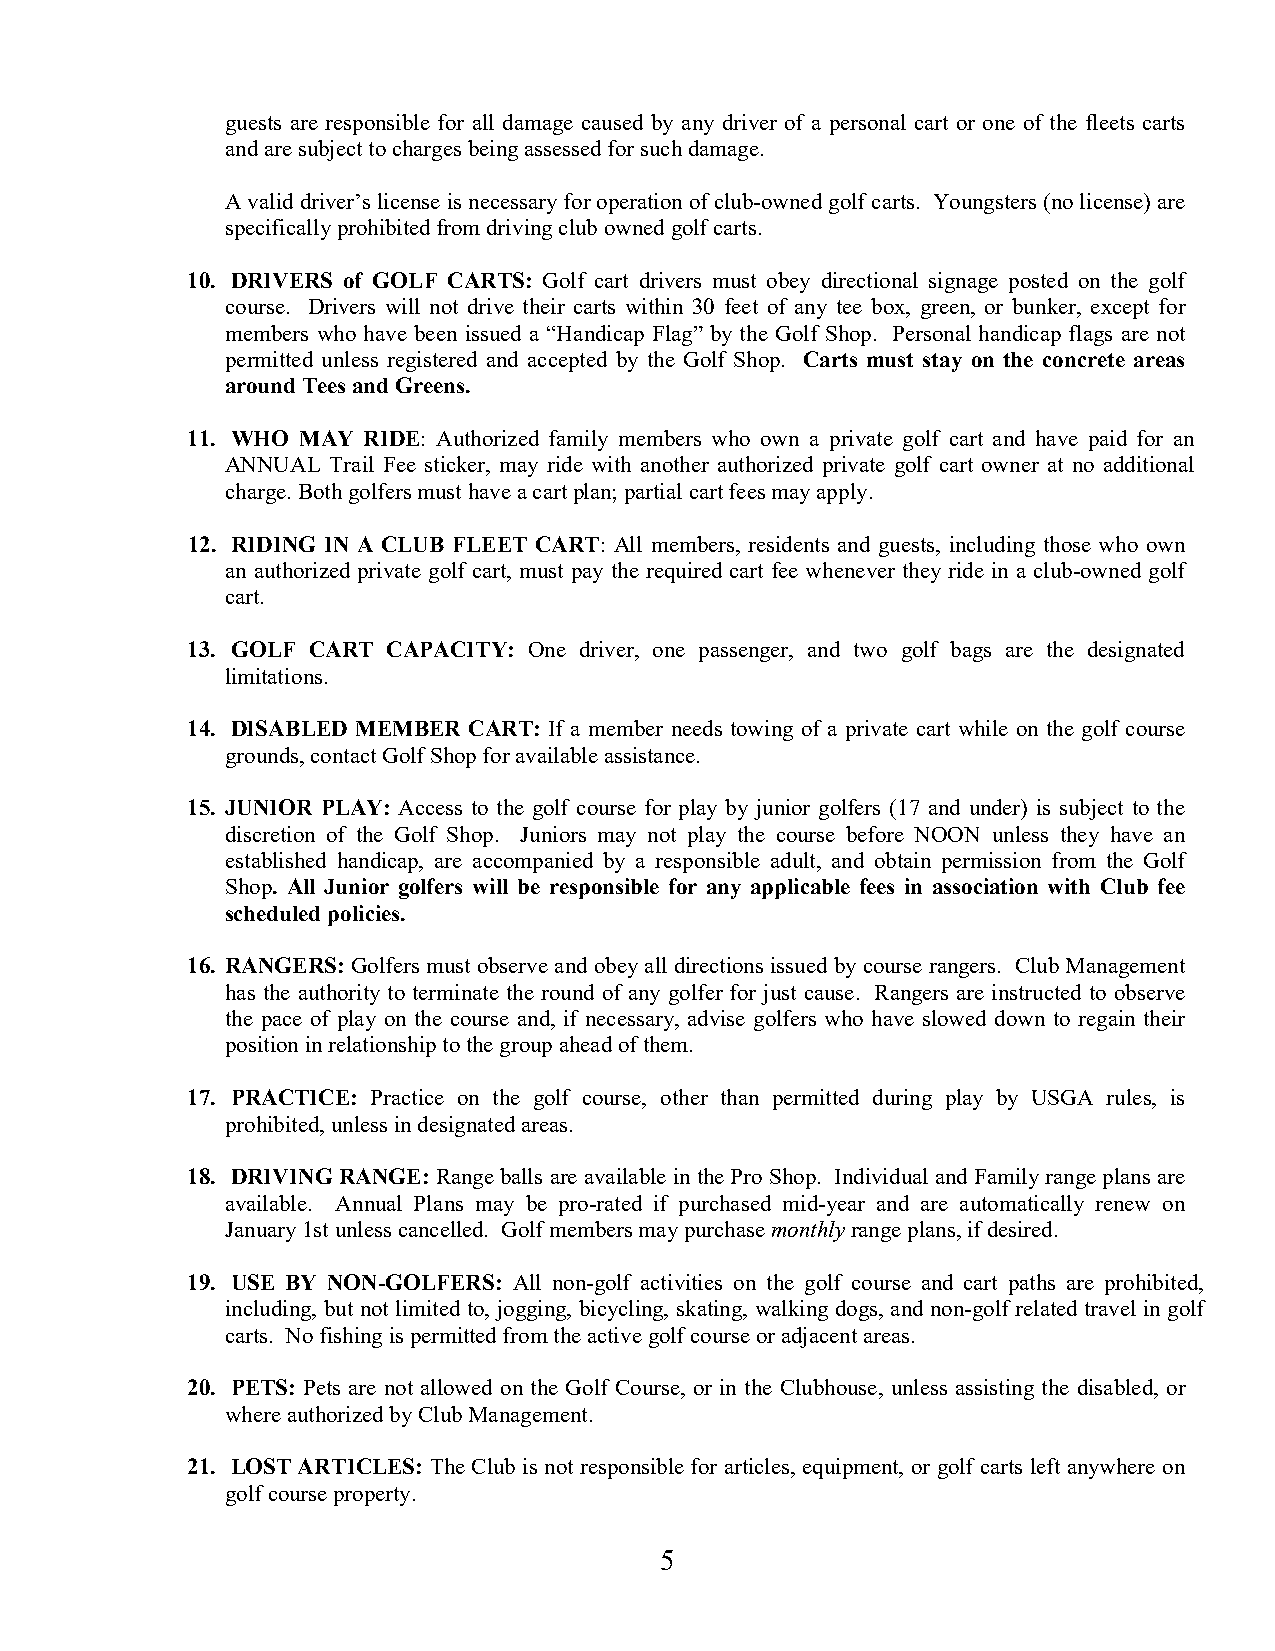
guests are responsible for all damage caused by any driver of a personal cart or one of the fleets carts
 and are subject to charges being assessed for such damage.
 A valid driver’s license is necessary for operation of club-owned golf carts. Youngsters (no license) are
 specifically prohibited from driving club owned golf carts.
 10. DRIVERS of GOLF CARTS: Golf cart drivers must obey directional signage posted on the golf
 course. Drivers will not drive their carts within 30 feet of any tee box, green, or bunker, except for
 members who have been issued a “Handicap Flag” by the Golf Shop. Personal handicap flags are not
 permitted unless registered and accepted by the Golf Shop. Carts must stay on the concrete areas
 around Tees and Greens.
 11. WHO MAY RIDE: Authorized family members who own a private golf cart and have paid for an
 ANNUAL Trail Fee sticker, may ride with another authorized private golf cart owner at no additional
 charge. Both golfers must have a cart plan; partial cart fees may apply.
 12. RIDING IN A CLUB FLEET CART: All members, residents and guests, including those who own
 an authorized private golf cart, must pay the required cart fee whenever they ride in a club-owned golf
 cart.
 13. GOLF CART CAPACITY: One driver, one passenger, and two golf bags are the designated
 limitations.
 14. DISABLED MEMBER CART: If a member needs towing of a private cart while on the golf course
 grounds, contact Golf Shop for available assistance.
 15. JUNIOR PLAY: Access to the golf course for play by junior golfers (17 and under) is subject to the
 discretion of the Golf Shop. Juniors may not play the course before NOON unless they have an
 established handicap, are accompanied by a responsible adult, and obtain permission from the Golf
 Shop. All Junior golfers will be responsible for any applicable fees in association with Club fee
 scheduled policies.
 16. RANGERS: Golfers must observe and obey all directions issued by course rangers. Club Management
 has the authority to terminate the round of any golfer for just cause. Rangers are instructed to observe
 the pace of play on the course and, if necessary, advise golfers who have slowed down to regain their
 position in relationship to the group ahead of them.
 17. PRACTICE: Practice on the golf course, other than permitted during play by USGA rules, is
 prohibited, unless in designated areas.
 18. DRIVING RANGE: Range balls are available in the Pro Shop. Individual and Family range plans are
 available. Annual Plans may be pro-rated if purchased mid-year and are automatically renew on
 January 1st unless cancelled. Golf members may purchase monthly range plans, if desired.
 19. USE BY NON-GOLFERS: All non-golf activities on the golf course and cart paths are prohibited,
 including, but not limited to, jogging, bicycling, skating, walking dogs, and non-golf related travel in golf
 carts. No fishing is permitted from the active golf course or adjacent areas.
 20. PETS: Pets are not allowed on the Golf Course, or in the Clubhouse, unless assisting the disabled, or
 where authorized by Club Management.
 21. LOST ARTICLES: The Club is not responsible for articles, equipment, or golf carts left anywhere on
 golf course property.
 5